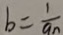
b = \frac { 1 } { a _ { n } }